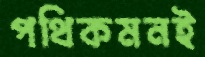
পথিকমনই